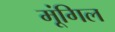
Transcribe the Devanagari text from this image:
मूंगिल